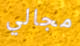
مجالي